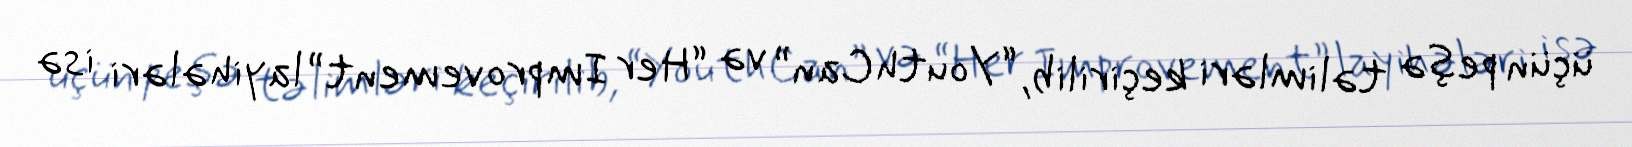
üçün peşə təlimləri keçirilib, “YouthCan” və “Her Improvement” layihələri isə